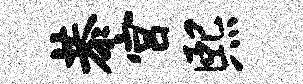
恭宫熙